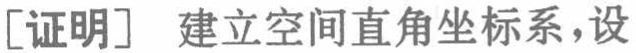
[证明] 建立空间直角坐标系，设